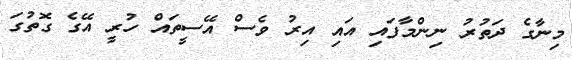
މިނާގެ ދަތުރު ނިންމާފައި އައި އިރު ވެސް އޭސީތައް ހުރީ އޭގެ ގޮތުގަ